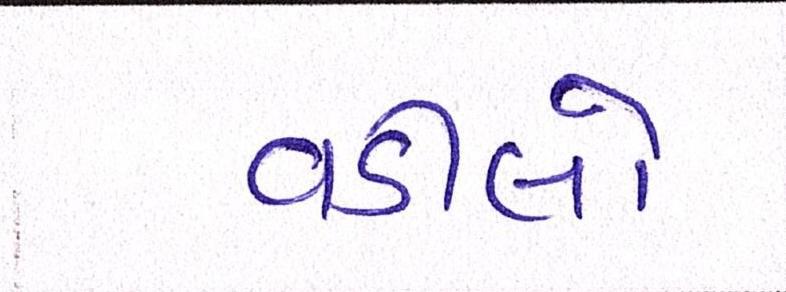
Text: વડીલો